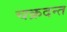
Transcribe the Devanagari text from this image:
चक्रदन्त